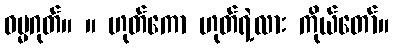
ဓမ္မဂုတ်။ ။ ဟုတ်ကော ဟုတ်ရဲ့လား ကိုယ်တော်။